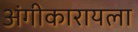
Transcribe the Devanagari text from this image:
अंगीकारायला